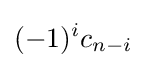
(-1)^{i}c_{n-i}